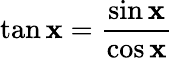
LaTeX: \tan\mathbf{x}={\frac{{\sin\mathbf{x}}}{{\cos\mathbf{x}}}}